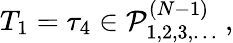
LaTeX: T_{1}=\tau_{4}\in{\cal P}_{1,2,3,\ldots}^{(N-1)}\ ,